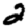
Digit: 2